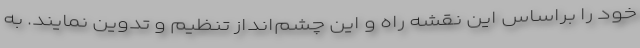
خود را براساس این نقشه راه و این چشم‌انداز تنظیم و تدوین نمایند. به